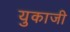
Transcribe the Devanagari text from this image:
युकाजी